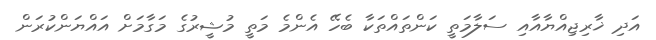
އަދި ޚާރިޖިއްޔާއާއި ސަލާމަތީ ކަންތައްތަކާ ބެހޭ އެންމެ މަތީ މުޝީރުގެ މަގާމަށް އައްޔަންކުރަން